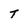
Character: T